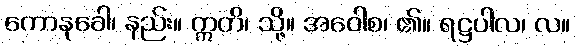
ကောနုခေါ၊ နည်း။ ဣတိ၊ သို့။ အဝေါစ၊ ၏။ ရဋ္ဌပါလ၊ လ။